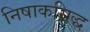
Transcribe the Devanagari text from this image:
निषाकसिद्ध